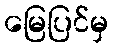
မြေပြင်မှ